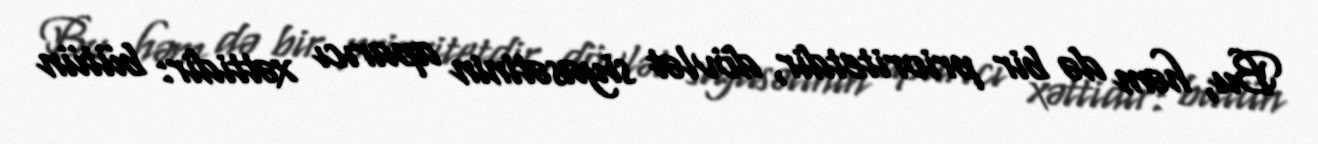
Bu, həm də bir prioritetdir, dövlət siyasətinin aparıcı xəttidir: bütün